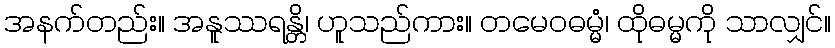
အနက်တည်း။ အနူဿရန္တိ၊ ဟူသည်ကား။ တမေဝဓမ္မံ၊ ထိုဓမ္မကို သာလျှင်။